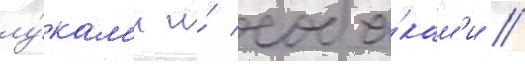
лу́кам'и и́ соба́кам'и //